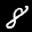
Label: 8